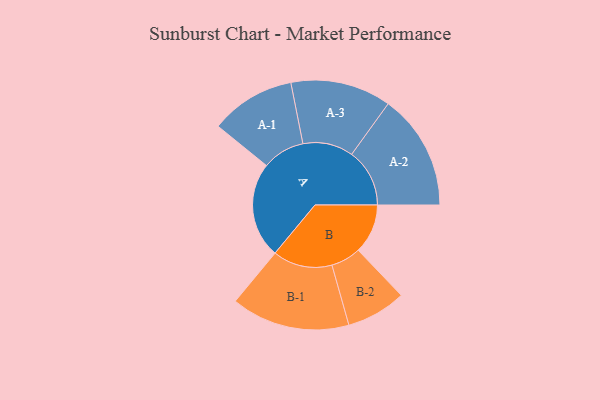
{"axis": {"x": "Segment", "y": "Value"}, "legend": ["", "A", "B"], "data": [{"x": "A", "y": 477, "type": ""}, {"x": "B", "y": 247, "type": ""}, {"x": "A-1", "y": 212, "type": "A"}, {"x": "A-2", "y": 289, "type": "A"}, {"x": "A-3", "y": 251, "type": "A"}, {"x": "B-1", "y": 296, "type": "B"}, {"x": "B-2", "y": 149, "type": "B"}]}